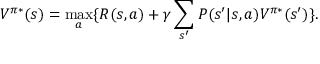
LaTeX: V ^ { \pi * } ( s ) = \operatorname* { m a x } _ { a } \{ { R ( s , a ) + \gamma \sum _ { s ^ { \prime } } P ( s ^ { \prime } | s , a ) V ^ { \pi * } ( s ^ { \prime } ) } \} .